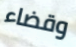
وقضاء